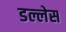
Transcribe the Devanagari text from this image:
डल्लेस